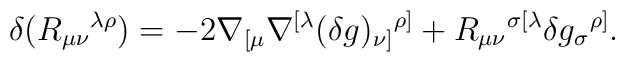
\delta(R_{\mu\nu}{}^{\lambda\rho}) =-2 \nabla_{[\mu} \nabla^{[\lambda} (\delta g)_{\nu]}{}^{\rho]}+R_{\mu\nu}{}^{\sigma[\lambda} \delta g_\sigma{}^{\rho]}{}.